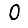
Digit: 0